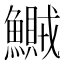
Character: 鱡